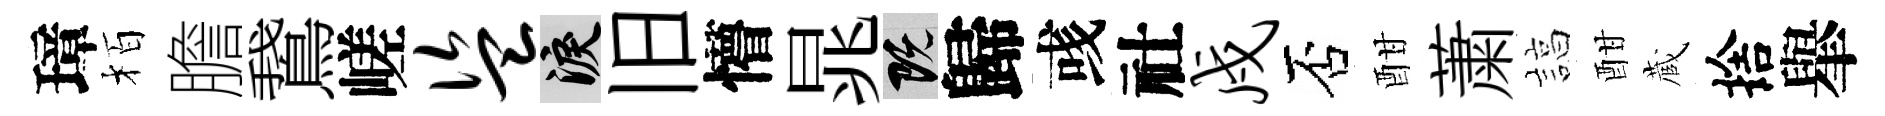
璋栢膽鵞嵯盗泪旧懵晁既歸彧社戍否酣䔥諄酣蔵捨𦦙